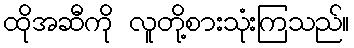
ထိုအဆီကို လူတို့စားသုံးကြသည်။